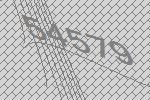
54579